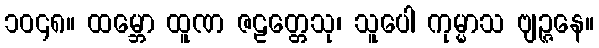
၁၀၄၈။ ထမ္ဘော ထူဏ ဇဠတ္တေသု၊ သူပေါ ကုမ္မာသ ဗျဉ္ဇနေ။